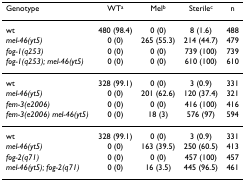
| Genotype | WTa | Melb | Sterilec | n |
 | --- | --- | --- | --- | --- |
 | wt | 480 (98.4) | 0 (0) | 8 (1.6) | 488 |
 | mel-46(yt5) | 0 (0) | 265 (55.3) | 214 (44.7) | 479 |
 | fog-1(q253) | 0 (0) | 0 (0) | 739 (100) | 739 |
 | fog-1(q253); mel-46(yt5) | 0 (0) | 0 (0) | 610 (100) | 610 |
 | wt | 328 (99.1) | 0 (0) | 3 (0.9) | 331 |
 | mel-46(yt5) | 0 (0) | 201 (62.6) | 120 (37.4) | 321 |
 | fem-3(e2006) | 0 (0) | 0 (0) | 416 (100) | 416 |
 | fem-3(e2006) mel-46(yt5) | 0 (0) | 18 (3) | 576 (97) | 594 |
 | wt | 328 (99.1) | 0 (0) | 3 (0.9) | 331 |
 | mel-46(yt5) | 0 (0) | 163 (39.5) | 250 (60.5) | 413 |
 | fog-2(q71) | 0 (0) | 0 (0) | 457 (100) | 457 |
 | mel-46(yt5); fog-2(q71) | 0 (0) | 16 (3.5) | 445 (96.5) | 461 |